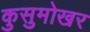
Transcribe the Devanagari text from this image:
कुसुमोखर